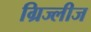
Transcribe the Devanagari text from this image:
ग्रिज्लीज